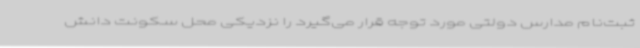
ثبت‌نام مدارس دولتی مورد توجه قرار می‌گیرد را نزدیکی محل سکونت دانش